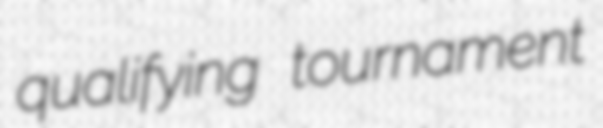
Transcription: qualifying tournament